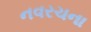
નવરચના